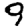
Digit: 9